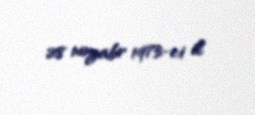
28 noyabr 1973-ci il